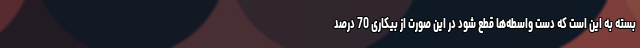
بسته به این است که دست واسطه‌ها قطع شود در این صورت از بیکاری 70 درصد